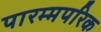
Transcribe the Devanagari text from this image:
पारम्मपरिक